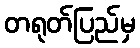
တရုတ်ပြည်မှ